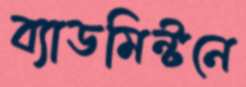
ব্যাডমিন্টনে